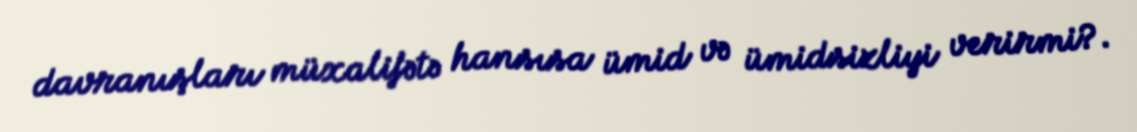
davranışları müxalifətə hansısa ümid və ümidsizliyi verirmi?.